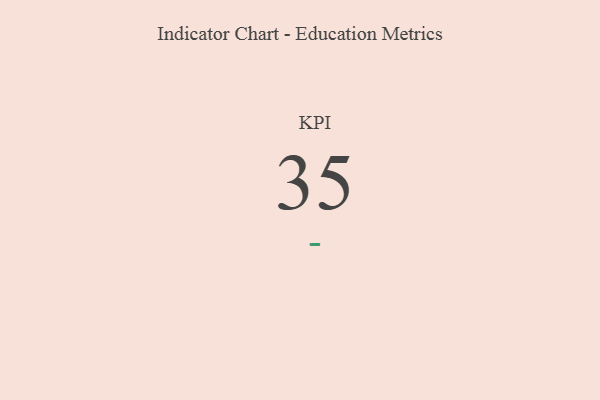
{"axis": {"x": "KPI", "y": "Value"}, "legend": [""], "data": [{"x": "KPI", "y": 35, "type": ""}]}